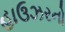
હાઉઝરનો